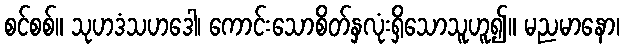
စင်စစ်။ သုဟဒံသဟဒေါ၊ ကောင်းသောစိတ်နှလုံးရှိသောသူဟူ၍။ မညမာနော၊